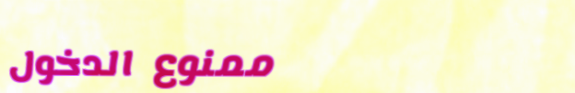
ممنوع الدخول